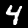
Label: 4